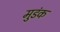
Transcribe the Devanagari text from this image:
मुडंक